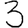
Digit: 3